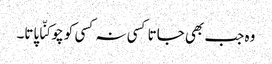
وہ جب بھی جاتا کسی نہ کسی کو چوکنّا پاتا۔